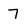
Character: 7